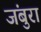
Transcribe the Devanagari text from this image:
जंबुरा